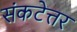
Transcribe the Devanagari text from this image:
संकटेत्तर